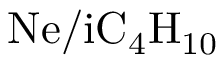
\mathrm { N e / i C _ { 4 } H _ { 1 0 } }